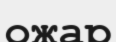
ожар